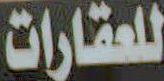
للعقارات